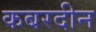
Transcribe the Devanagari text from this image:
कबरदीन